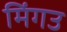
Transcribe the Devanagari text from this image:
मिंगउ